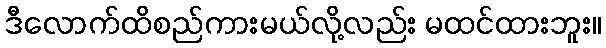
ဒီလောက်ထိစည်ကားမယ်လို့လည်း မထင်ထားဘူး။